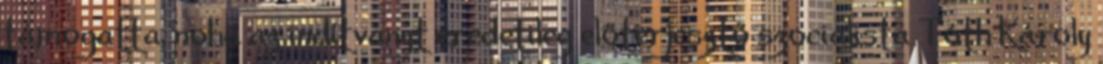
támogatta, noha az indítványt eredetileg előterjesztő szocialista Tóth Károly